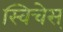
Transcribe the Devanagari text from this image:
स्विचेस्